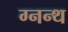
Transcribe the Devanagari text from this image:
ग्नन्थ